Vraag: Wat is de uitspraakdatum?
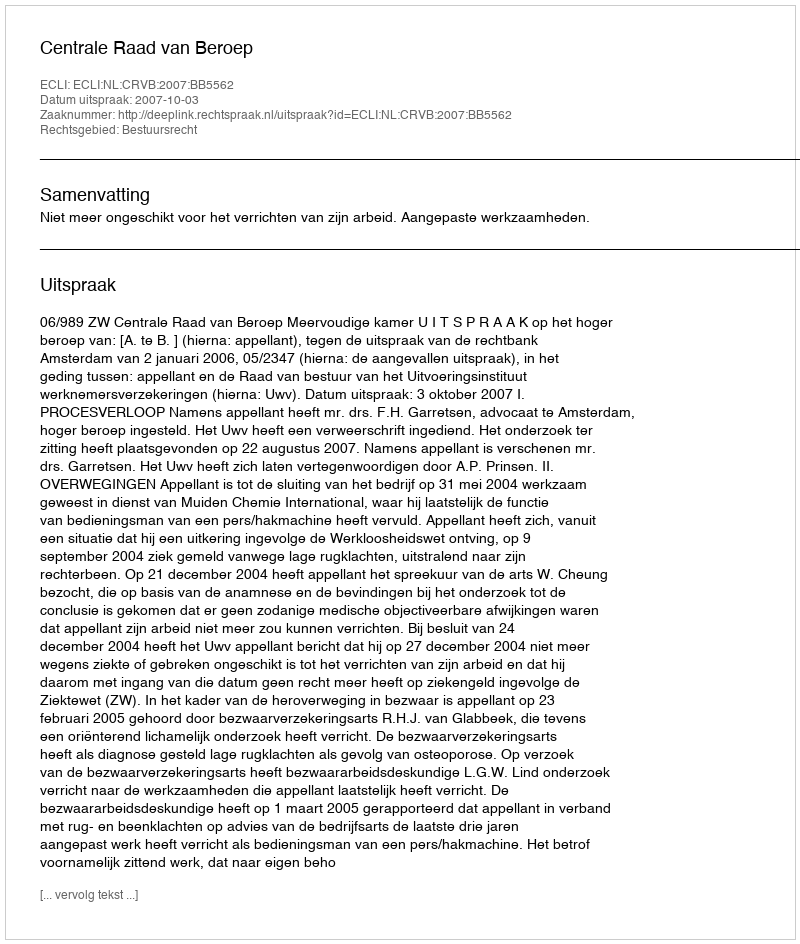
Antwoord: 2007-10-03